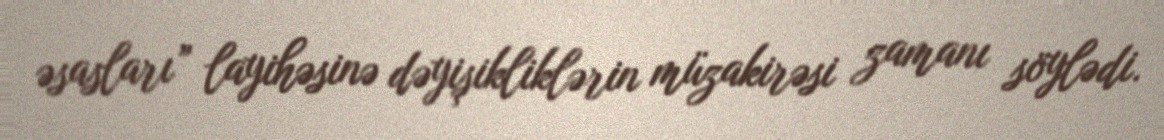
əsasları” layihəsinə dəyişikliklərin müzakirəsi zamanı söylədi.